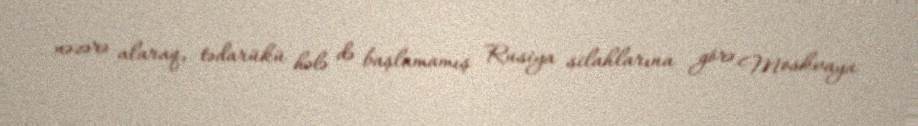
nəzərə alaraq, tədarükü hələ də başlamamış Rusiya silahlarına görə Moskvaya